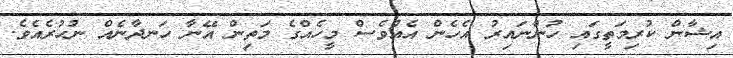
އިޝާން ކުރިމަތީގައި ހުންނައިރު އެހެން އެއްވެސް މީހެއްގެ މަތިން އޭނާ ހަނދާނެއް ނުހުރެއެވެ.